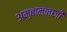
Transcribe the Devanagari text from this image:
अम्बामाताजी